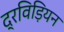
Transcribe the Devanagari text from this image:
द्रविड़ियन